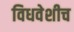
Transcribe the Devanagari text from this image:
विधवेशीच